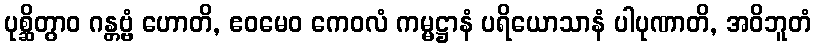
ပုစ္ဆိတွာဝ ဂန္တဗ္ဗံ ဟောတိ, ဧဝမေဝ ကေဝလံ ကမ္မဋ္ဌာနံ ပရိယောသာနံ ပါပုဏာတိ, အဝိဘူတံ